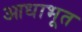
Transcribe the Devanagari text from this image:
आधाभूत